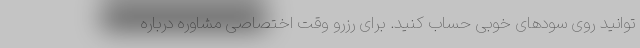
توانید روی سودهای خوبی حساب کنید. برای رزرو وقت اختصاصی مشاوره درباره